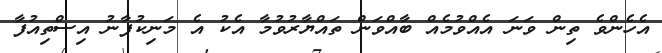
އެހެންވެ ތިން ވަނަ އެއްވުމެއް ބާއްވަން ތައްޔާރުވުމާ އެކު އެ މަނިކުފާނު އިސްތިއުފާ